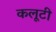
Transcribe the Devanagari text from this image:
कलूटी